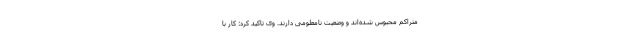
متراکم محبوس شده‌اند و وضعیت نامعلومی دارند. وی تاکید کرد: کار با